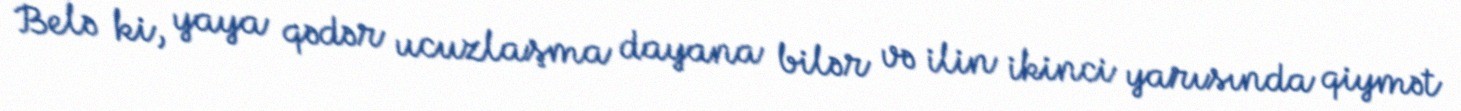
Belə ki, yaya qədər ucuzlaşma dayana bilər və ilin ikinci yarısında qiymət